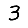
Digit: 3